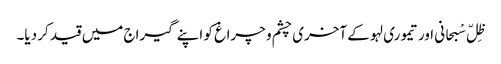
ظِلّ سْبحانی اور تیموری لہو کے آخری چشم و چراغ کو اپنے گیراج میں قید کر دیا۔